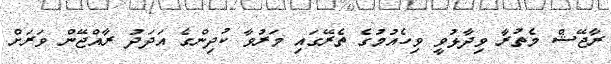
ރާޖޭޝް މެތުރާ ވިދާޅުވީ ވިހެއުމުގެ ތެރޭގައި މަރުވާ ކުދިންގެ އަދަދު ރާއްޖޭން ވަރަށް